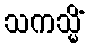
သကသ္မိံ